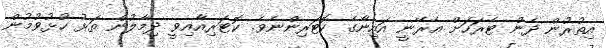
އިތުރުން ދެން ޓެރަހަށް އެރޭނީ އައިނާގެ ކޮޓަރިންނެވެ. ކޮޓަރިއާއިވީ ދިމާލުން ތަޅު ހުޅުވުމުން